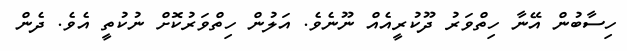
ހިސާބުން އޭނާ ހިތްވަރު ދޫކުރީއެއް ނޫނެވެ. އަލުން ހިތްވަރުކޮށް ނުކުތީ އެވެ. ދެން